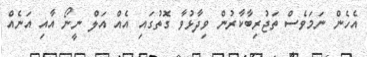
އެހެން ނަމަވެސް ތަޖުރިބާކާރުން ވިދާޅުވާ ގޮތުގައި އެއް އަލް ނީނޯ އާއި އަނެއް